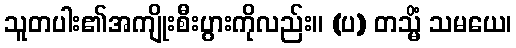
သူတပါး၏အကျိုးစီးပွားကိုလည်း။ (ပ) တသ္မိံ သမယေ၊